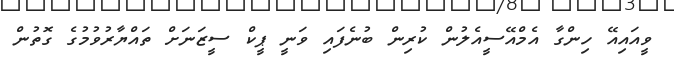
ވީއައިއޭ ހިންގާ އެމްއޭސީއެލުން ކުރިން ބުނެފައި ވަނީ ޕީކް ސީޒަނަށް ތައްޔާރުވުމުގެ ގޮތުން